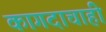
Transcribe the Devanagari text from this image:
कागदाचाही